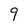
Character: 9